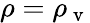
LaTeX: \rho=\rho_{\mathrm{~v~}}